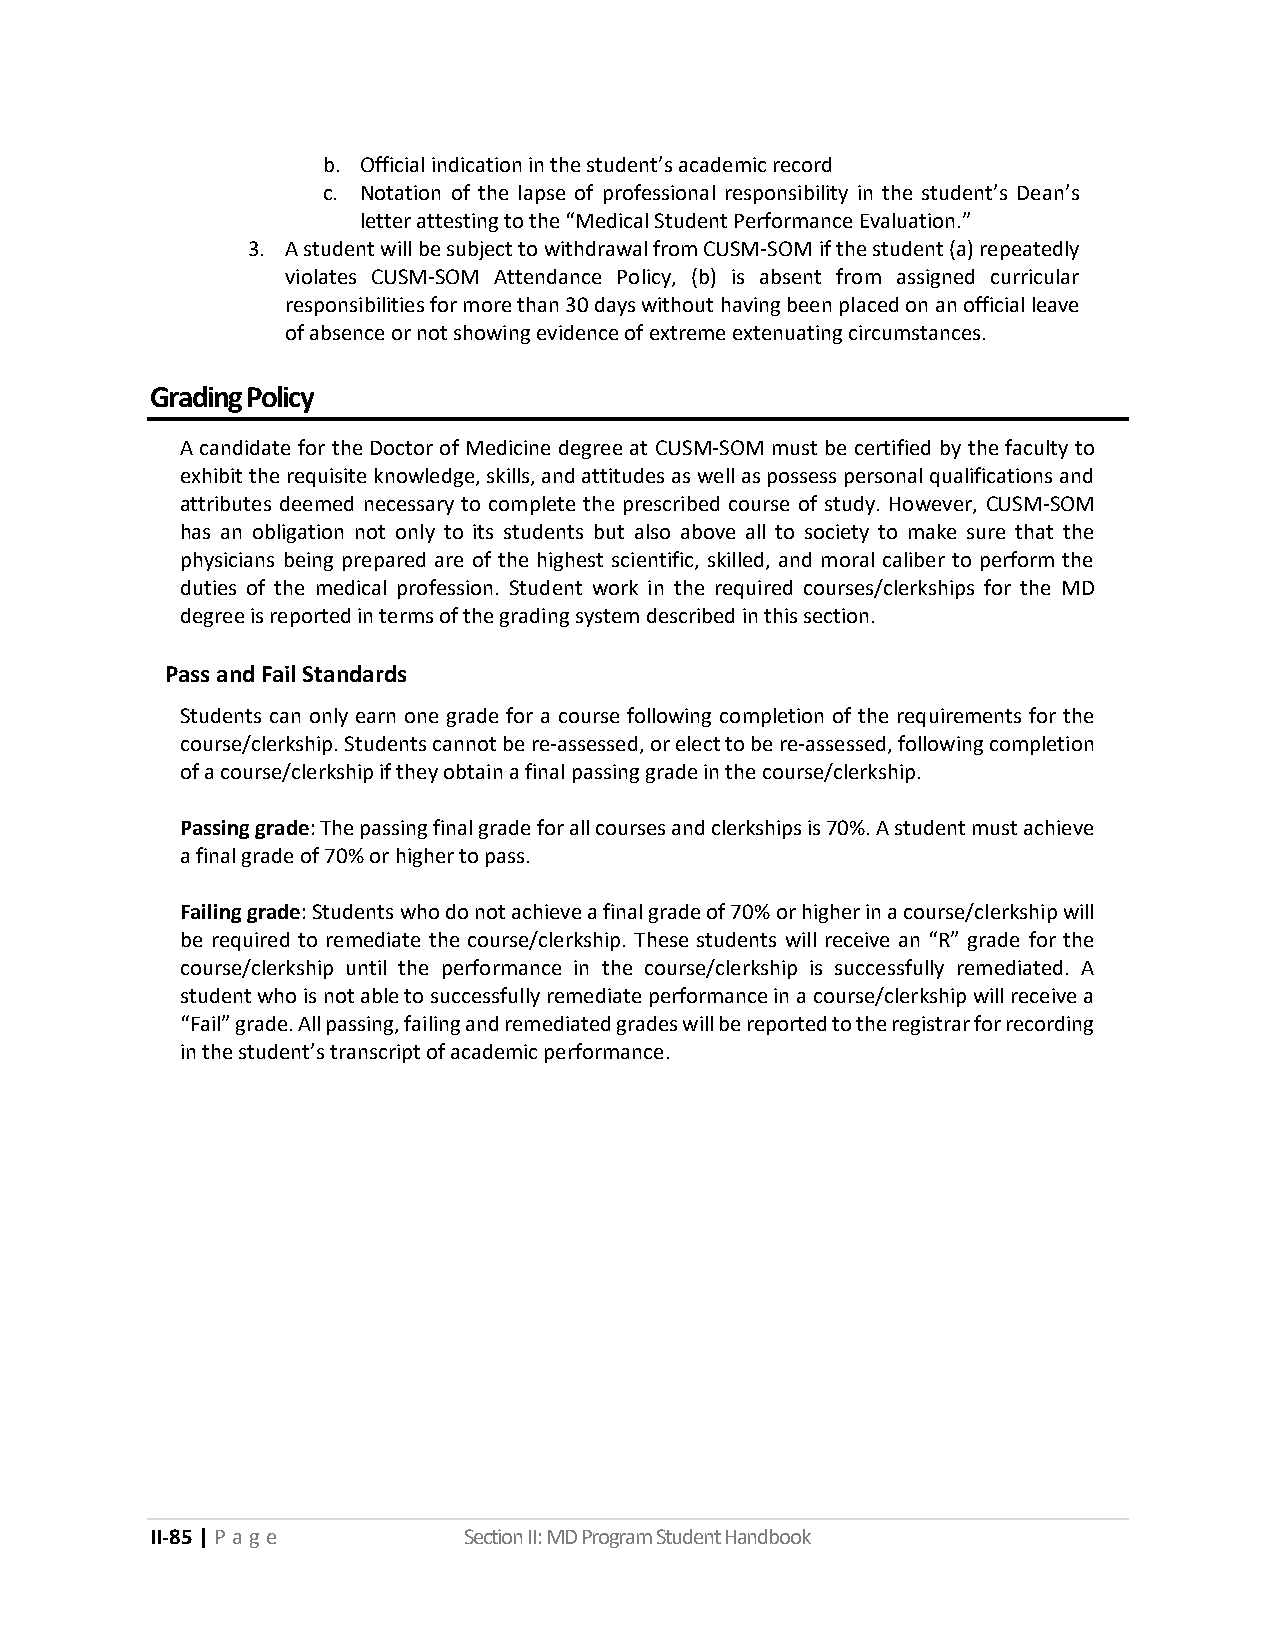
b. Official indication in the student’s academic record
 c. Notation of the lapse of professional responsibility in the student’s Dean’s
 letter attesting to the “Medical Student Performance Evaluation.”
 3. A student will be subject to withdrawal from CUSM‐SOM if the student (a) repeatedly
 violates CUSM‐SOM Attendance Policy, (b) is absent from assigned curricular
 responsibilities for more than 30 days without having been placed on an official leave
 of absence or not showing evidence of extreme extenuating circumstances.
 Grading Policy
 A candidate for the Doctor of Medicine degree at CUSM-SOM must be certified by the faculty to
 exhibit the requisite knowledge, skills, and attitudes as well as possess personal qualifications and
 attributes deemed necessary to complete the prescribed course of study. However, CUSM-SOM
 has an obligation not only to its students but also above all to society to make sure that the
 physicians being prepared are of the highest scientific, skilled, and moral caliber to perform the
 duties of the medical profession. Student work in the required courses/clerkships for the MD
 degree is reported in terms of the grading system described in this section.
 Pass and Fail Standards
 Students can only earn one grade for a course following completion of the requirements for the
 course/clerkship. Students cannot be re-assessed, or elect to be re-assessed, following completion
 of a course/clerkship if they obtain a final passing grade in the course/clerkship.
 Passing grade: The passing final grade for all courses and clerkships is 70%. A student must achieve
 a final grade of 70% or higher to pass.
 Failing grade: Students who do not achieve a final grade of 70% or higher in a course/clerkship will
 be required to remediate the course/clerkship. These students will receive an “R” grade for the
 course/clerkship until the performance in the course/clerkship is successfully remediated. A
 student who is not able to successfully remediate performance in a course/clerkship will receive a
 “Fail” grade. All passing, failing and remediated grades will be reported to the registrar for recording
 in the student’s transcript of academic performance.
 II-85 | P a g e      Section II: MD Program Student Handbook